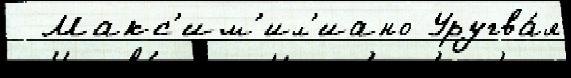
  Макс'им'ил'иано Уругва́я